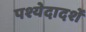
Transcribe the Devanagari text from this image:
पश्येदादर्शे